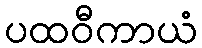
ပထဝီကာယံ